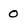
Character: 0